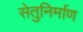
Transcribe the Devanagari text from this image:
सेतुनिर्माण